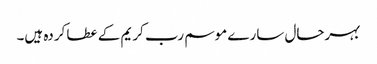
بہرحال سارے موسم رب کریم کے عطا کردہ ہیں۔